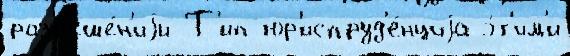
разр'еше́н'иjи Т'ип юр'испруд'е́нциjа э́т'им'и